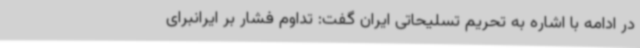
در ادامه با اشاره به تحریم تسلیحاتی ایران گفت: تداوم فشار بر ایرانبرای